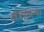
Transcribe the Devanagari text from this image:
क्षेत्रांतल्या